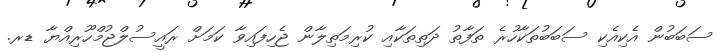
ސަބަބުން އެކިއެކި ސަބަބުތަކާހުރެ ތަފާތު ދަތިތަކާއި ކުރިމަތިލާން ޖެހިފައިވާ ކަމަށް ރައީސުލްޖުމްހޫރިއްޔާ ޑރ.